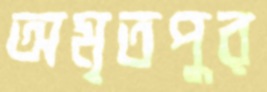
অমৃতপুর